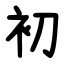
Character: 初